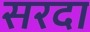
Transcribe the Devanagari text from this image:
सरदा